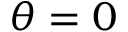
\theta = 0